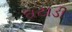
ઘટાડી